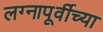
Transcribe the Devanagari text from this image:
लग्नापूर्वीच्या